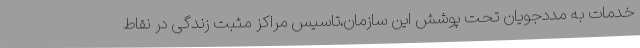
خدمات به مددجویان تحت پوشش این سازمان،تاسیس مراکز مثبت زندگی در نقاط